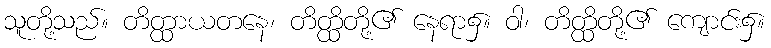
သူတို့သည်။ တိတ္ထာယတနေ၊ တိတ္ထိတို့၏ နေရာ၌။ ဝါ၊ တိတ္ထိတို့၏ ကျောင်း၌။